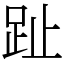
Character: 趾